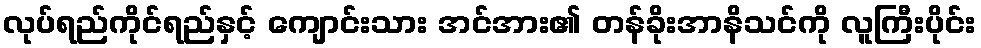
လုပ်ရည်ကိုင်ရည်နှင့် ကျောင်းသား အင်အား၏ တန်ခိုးအာနိသင်ကို လူကြီးပိုင်း